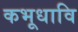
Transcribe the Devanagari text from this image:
कभूधावि